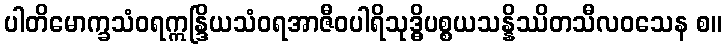
ပါတိမောက္ခသံဝရဣန္ဒြိယသံဝရအာဇီဝပါရိသုဒ္ဓိပစ္စယသန္နိဿိတသီလဝသေန စ။